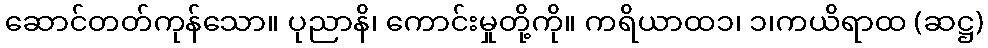
ဆောင်တတ်ကုန်သော။ ပုညာနိ၊ ကောင်းမှုတို့ကို။ ကရိယာထ၁၊ ၁၊ကယိရာထ (ဆဋ္ဌ)